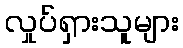
လှုပ်ရှားသူများ